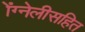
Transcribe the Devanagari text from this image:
ॲग्नेलीसहित